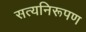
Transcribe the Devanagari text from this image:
सत्यनिरूपण